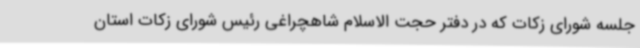
جلسه شورای زکات که در دفتر حجت الاسلام شاهچراغی رئیس شورای زکات استان